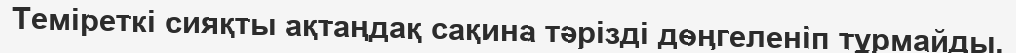
Теміреткі сияқты ақтаңдақ сақина тәрізді дөңгеленіп тұрмайды.